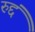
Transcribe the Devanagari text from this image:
रुद्दं